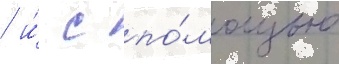
/ и́ с по́мощью